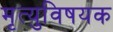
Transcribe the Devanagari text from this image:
मृत्युविषयक